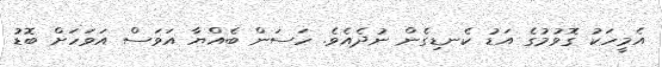
އެމީހަކު ގޮވުމުގެ އަޑު ކެނޑިގެން ނުދެއެވެ. ހަސަން ބެއްޔާ އަވަސް އަވަހަށް ބޮޑު